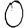
Digit: 0